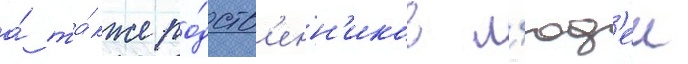
а́ та́кже ро́дств'енн'иков л'юд'еи